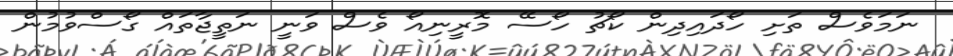
ނަމަވެސް ތަށި ހޯދައިދިން ކޯޗު ހޯސޭ މޮރީނިއޯ ވެސް ވަނީ ނަތީޖާތައް ގޯސްވުމުން